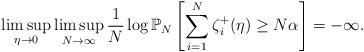
LaTeX: \begin{align*}\limsup_{\eta\rightarrow0}\limsup_{N\rightarrow\infty}\frac{1}{N}\log\mathbb{P}_{N}\left[\sum_{i=1}^{N}\zeta{}_{i}^{+}(\eta)\ge N\alpha\right]=-\infty.\end{align*}